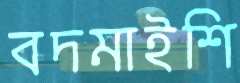
বদমাইশি